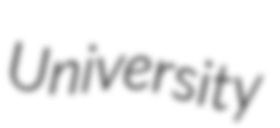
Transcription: University